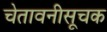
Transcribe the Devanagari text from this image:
चेतावनीसूचक